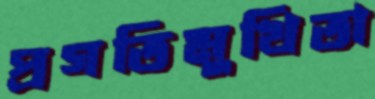
প্রগতিমুখিতা